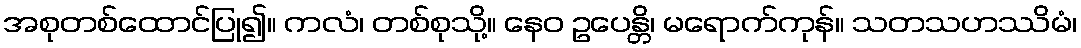
အစုတစ်ထောင်ပြု၍။ ကလံ၊ တစ်စုသို့။ နေဝ ဥပေန္တိ၊ မရောက်ကုန်။ သတသဟဿိမံ၊